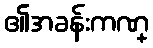
၏အခန်းကဏ္